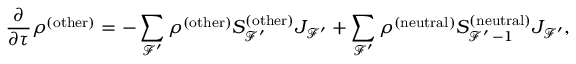
\frac { \partial } { \partial \tau } \rho ^ { ( \mathrm { o t h e r } ) } = - \sum _ { \mathcal { F } ^ { \prime } } \rho ^ { ( \mathrm { o t h e r } ) } S _ { \mathcal { F ^ { \prime } } } ^ { ( \mathrm { o t h e r } ) } J _ { \mathcal { F } ^ { \prime } } + \sum _ { \mathcal { F } ^ { \prime } } \rho ^ { ( \mathrm { n e u t r a l } ) } S _ { \mathcal { F } ^ { \prime } \, - 1 } ^ { ( \mathrm { n e u t r a l } ) } J _ { \mathcal { F } ^ { \prime } } ,